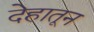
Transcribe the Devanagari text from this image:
देहातून